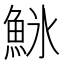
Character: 𬵌